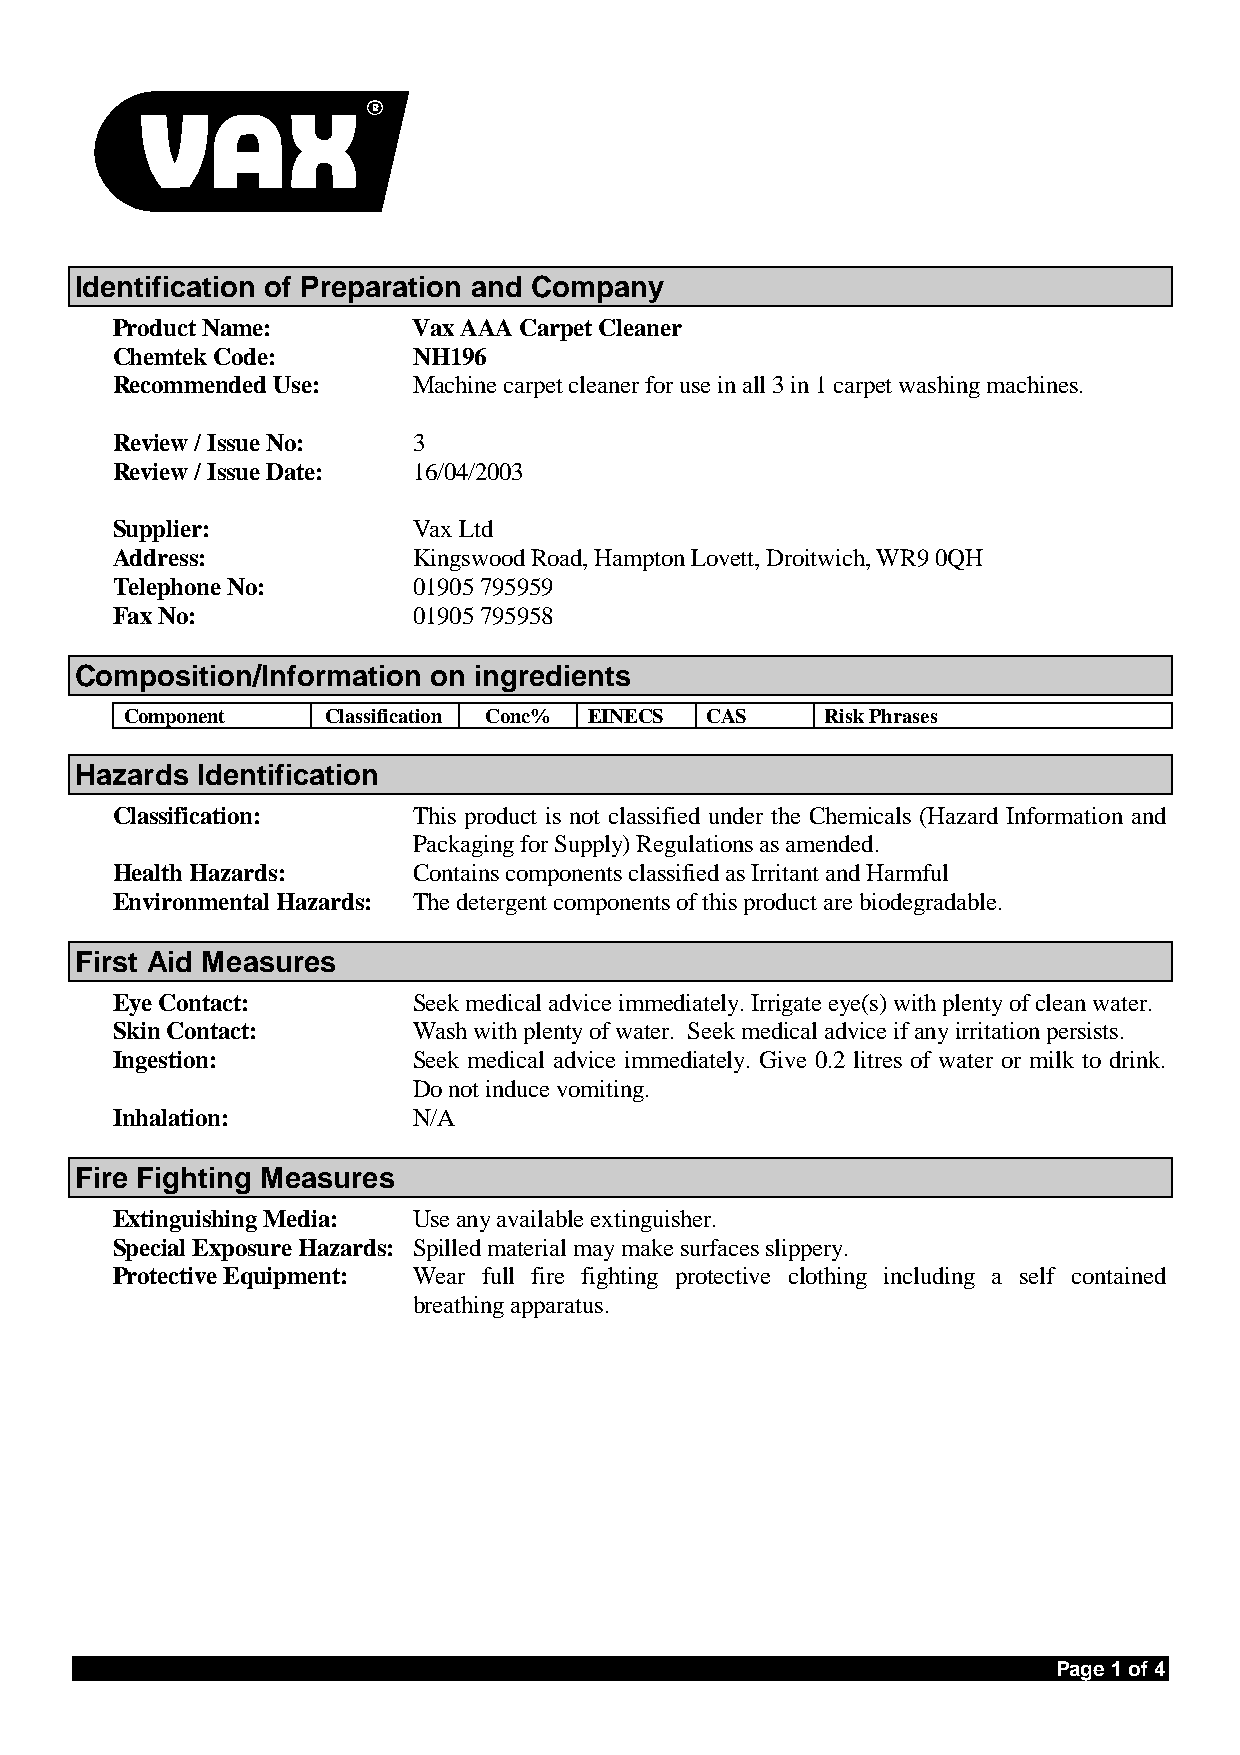
Identification of Preparation and Company
 Product Name:       Vax AAA Carpet Cleaner
 Chemtek Code:       NH196
 Recommended Use:    Machine carpet cleaner for use in all 3 in 1 carpet washing machines.
 Review / Issue No:  3
 Review / Issue Date: 16/04/2003
 Supplier:           Vax Ltd
 Address:            Kingswood Road, Hampton Lovett, Droitwich, WR9 0QH
 Telephone No:       01905 795959
 Fax No:             01905 795958
 Composition/Information on ingredients
 Component     Classification Conc% EINECS CAS  Risk Phrases
 Hazards Identification
 Classification:     This product is not classified under the Chemicals (Hazard Information and
 Packaging for Supply) Regulations as amended.
 Health Hazards:     Contains components classified as Irritant and Harmful
 Environmental Hazards: The detergent components of this product are biodegradable.
 First Aid Measures
 Eye Contact:        Seek medical advice immediately. Irrigate eye(s) with plenty of clean water.
 Skin Contact:       Wash with plenty of water. Seek medical advice if any irritation persists.
 Ingestion:          Seek medical advice immediately. Give 0.2 litres of water or milk to drink.
 Do not induce vomiting.
 Inhalation:         N/A
 Fire Fighting Measures
 Extinguishing Media: Use any available extinguisher.
 Special Exposure Hazards: Spilled material may make surfaces slippery.
 Protective Equipment: Wear full fire fighting protective clothing including a self contained
 breathing apparatus.
 Page 1 of 4